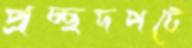
প্রচ্ছদপটে